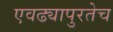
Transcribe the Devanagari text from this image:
एवढ्यापुरतेच